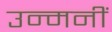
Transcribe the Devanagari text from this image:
उन्मनीं